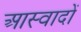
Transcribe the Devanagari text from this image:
आस्वादों